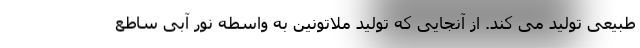
طبیعی تولید می کند. از آنجایی که تولید ملاتونین به واسطه نور آبی ساطع